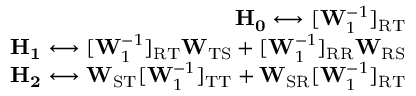
\begin{array} { r } { \mathbf { H _ { 0 } } \longleftrightarrow [ \mathbf { W } _ { 1 } ^ { - 1 } ] _ { \mathrm { R T } } } \\ { \mathbf { H _ { 1 } } \longleftrightarrow [ \mathbf { W } _ { 1 } ^ { - 1 } ] _ { \mathrm { R T } } \mathbf { W } _ { \mathrm { T S } } + [ \mathbf { W } _ { 1 } ^ { - 1 } ] _ { \mathrm { R R } } \mathbf { W } _ { \mathrm { R S } } } \\ { \mathbf { H _ { 2 } } \longleftrightarrow \mathbf { W } _ { \mathrm { S T } } [ \mathbf { W } _ { 1 } ^ { - 1 } ] _ { \mathrm { T T } } + \mathbf { W } _ { \mathrm { S R } } [ \mathbf { W } _ { 1 } ^ { - 1 } ] _ { \mathrm { R T } } } \end{array}